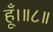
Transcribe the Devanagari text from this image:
हूँ।॥८॥